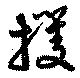
攫